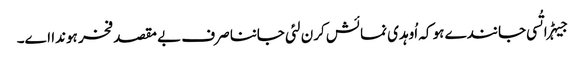
جیہڑا تُسی جانندے ہو کہ اُوہدی نمائش کرن لئی جاننا صرف بے مقصد فخر ہوندا اے۔